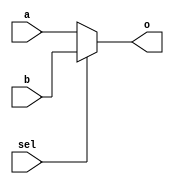
`timescale 1ns / 1ps
//////////////////////////////////////////////////////////////////////////////////
// Company: 
// Engineer: 
// 
// Design Name: 
// Module Name:    MUX2T1_64 
// Project Name: 
// Target Devices: 
// Tool versions: 
// Description: 
//
// Dependencies: 
//
// Revision: 
// Revision 0.01 - File Created
// Additional Comments: 
//
//////////////////////////////////////////////////////////////////////////////////
module MUX2T1_64(input [63:0] a,
					 input [63:0] b,
					 input sel,
					 output [63:0] o
);
    assign o =sel?b:a;
endmodule